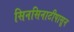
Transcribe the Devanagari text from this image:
सिनसिनाटीपासून